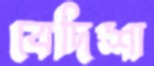
বেদিশা